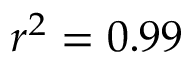
r ^ { 2 } = 0 . 9 9